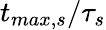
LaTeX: {{t}_{max,s}}/{\tau_{s}}